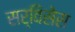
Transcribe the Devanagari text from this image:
सर्विसेस